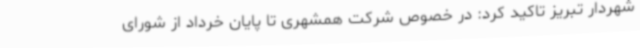
شهردار تبریز تاکید کرد: در خصوص شرکت همشهری‌ تا پایان خرداد از شورای